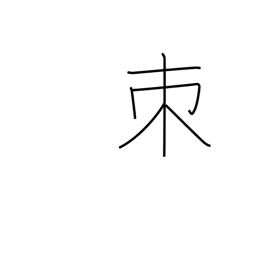
Meaning: thorn